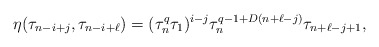
\begin{align*}\eta(\tau_{n-i+j}, \tau_{n-i+\ell})=(\tau_n^q\tau_1)^{i-j}\tau_n^{q-1+D(n+\ell-j)} \tau_{n+\ell-j+1},\end{align*}